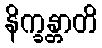
နိက္ခန္တာတိ